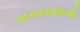
નાગરવાલાએ